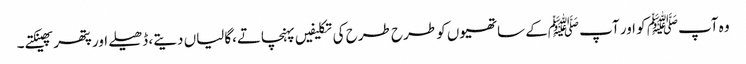
وہ آپﷺ کو اور آپ ﷺکے ساتھیوں کو طرح طرح کی تکلیفیں پہنچاتے،گالیاں دیتے، ڈھیلے اور پتھر پھینکتے۔